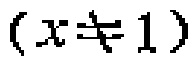
$(x\neq 1)$